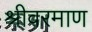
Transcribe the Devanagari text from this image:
श्रीवरमाण